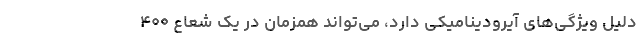
دلیل ویژگی‌های آیرودینامیکی دارد، می‌تواند همزمان در یک شعاع ۴۰۰